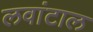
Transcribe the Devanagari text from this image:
लवांटाल